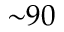
{ \sim } 9 0